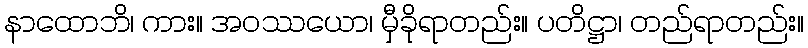
နာထောဘိ၊ ကား။ အဝဿယော၊ မှီခိုရာတည်း။ ပတိဋ္ဌာ၊ တည်ရာတည်း။